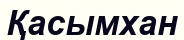
Қасымхан